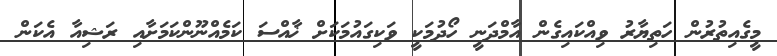
މީގެއިތުރުން ހަތިޔާރު ވިއްކައިގެން އާމްދަނީ ހޯދުމަކީ ވަކިގައުމަކަށް ޚާއްސަ ކަމެއްނޫންކަމަށާއި ރަޝިއާ އެކަން